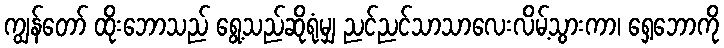
ကျွန်တော် ထိုးဘောသည် ရွေ့သည်ဆိုရုံမျှ ညင်ညင်သာသာလေးလိမ့်သွားကာ၊ ရှေ့ဘောကို